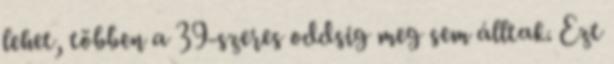
lehet, többen a 39-szeres oddsig meg sem álltak. Ezt